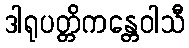
ဒါရုပတ္တိကန္တေဝါသီ